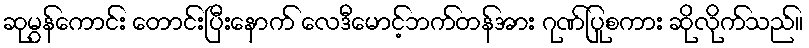
ဆုမွန်ကောင်း တောင်းပြီးနောက် လေဒီမောင့်ဘက်တန်အား ဂုဏ်ပြုစကား ဆိုလိုက်သည်။